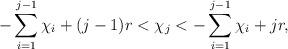
LaTeX: \begin{align*}- \sum\limits_{i=1}^{j-1} \chi_i +(j-1)r < \chi_j < - \sum\limits_{i=1}^{j-1} \chi_i + jr,\end{align*}